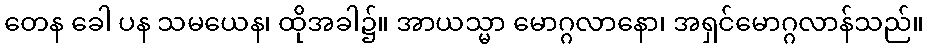
တေန ခေါ ပန သမယေန၊ ထိုအခါ၌။ အာယသ္မာ မောဂ္ဂလာနော၊ အရှင်မောဂ္ဂလာန်သည်။